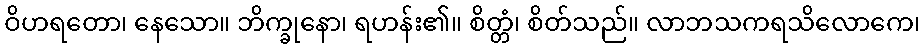
ဝိဟရတော၊ နေသော။ ဘိက္ခုနော၊ ရဟန်း၏။ စိတ္တံ၊ စိတ်သည်။ လာဘသကရသိလောကေ၊